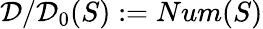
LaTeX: {\mathcal{D}}/{\mathcal{D}}_{0}(S):=Num(S)